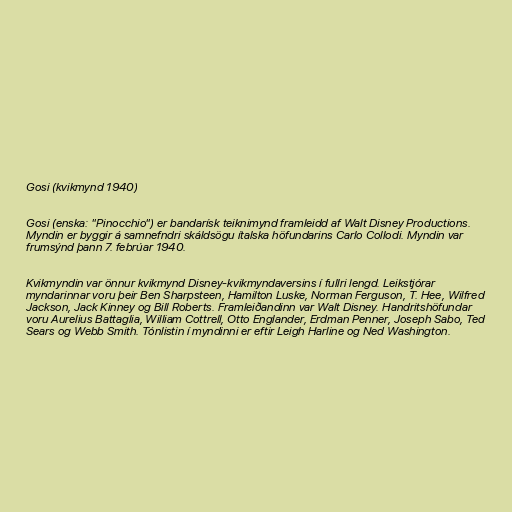
Gosi (kvikmynd 1940)

Gosi (enska: "Pinocchio") er bandarísk teiknimynd framleidd af Walt Disney Productions.
Myndin er byggir á samnefndri skáldsögu ítalska höfundarins Carlo Collodi. Myndin var
frumsýnd þann 7. febrúar 1940.

Kvikmyndin var önnur kvikmynd Disney-kvikmyndaversins í fullri lengd. Leikstjórar
myndarinnar voru þeir Ben Sharpsteen, Hamilton Luske, Norman Ferguson, T. Hee, Wilfred
Jackson, Jack Kinney og Bill Roberts. Framleiðandinn var Walt Disney. Handritshöfundar
voru Aurelius Battaglia, William Cottrell, Otto Englander, Erdman Penner, Joseph Sabo, Ted
Sears og Webb Smith. Tónlistin í myndinni er eftir Leigh Harline og Ned Washington.